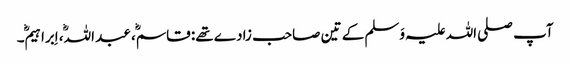
آپ صلی اللہ علیہ وَسلم کے تین صاحب زادے تھے: قاسم، عبد اللہ، اِبراہیم۔